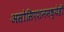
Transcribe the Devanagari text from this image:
असोसिएशनमध्येही